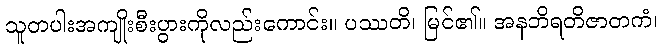
သူတပါးအကျိုးစီးပွားကိုလည်းကောင်း။ ပဿတိ၊ မြင်၏။ အနဘိရတိဇာတကံ၊